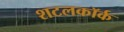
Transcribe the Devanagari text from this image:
शटलकॉर्क